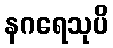
နဂရေသုပိ